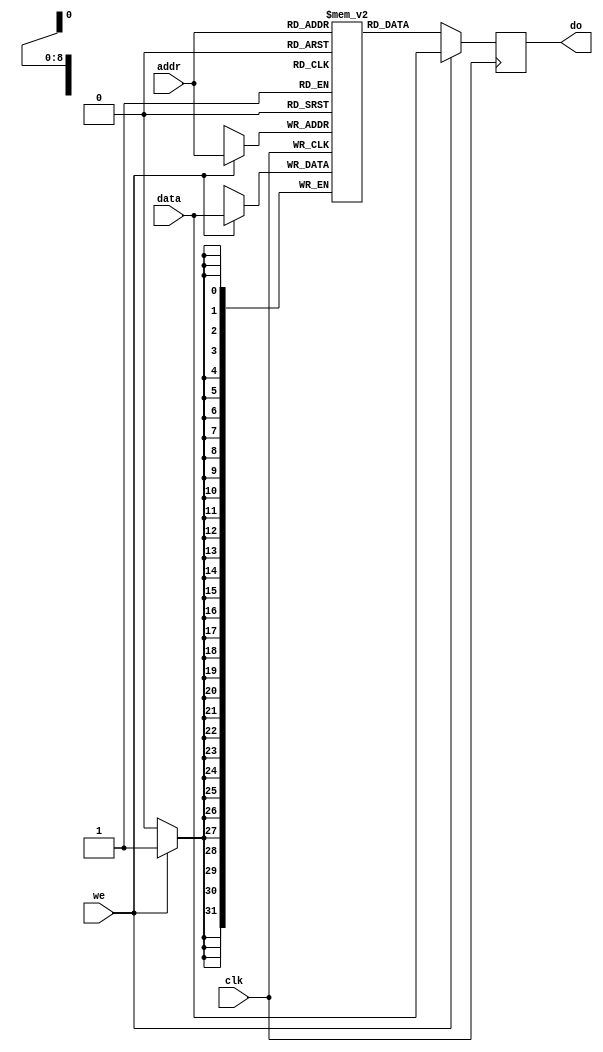
`timescale 1ps/1ps
`define MANUAL

module ram #(parameter width=32,
             parameter depth=512,
				 parameter dlog = $clog2(depth))
				(input wire we,clk,
				 input wire [width-1:0] data,
				 input wire [dlog-1:0] addr,
				 output reg [width-1:0] do);

				 
reg [width-1:0] mem [depth-1:0];
integer f=0,i=0;

always @ (posedge clk) begin
	
	if(we) begin
		do <= data;
		mem[addr] <= data;
	end else
		do <= mem[addr];
end

`ifndef MANUAL
initial
begin
    $readmemb("input.txt", mem);

    #10000;

    f = $fopen("output.txt","w");

      for (i = 511; i>=0; i=i-1) begin
        $fwrite(f,"%b\n",mem[i]);
     end

     $fclose(f);
end
`endif
`ifdef MANUAL
initial
begin
	mem[0] = {8'd3,8'd3,8'd3,8'd3};
	mem[1] = 32'h00000000;
	
	mem[2] = 32'h3f99999a;
	mem[3] = 32'h3fa66666;
	mem[4] = 32'h3fb33333;
	mem[5] = 32'h3fc00000;
	
	mem[6] = 32'h3fcccccd;
	mem[7] = 32'h3fd9999a;
	mem[8] = 32'h3fe66666;
	mem[9] = 32'h3ff33333;
	
	mem[10] = 32'h40000000;
	mem[11] = 32'h40066666;
	mem[12] = 32'h400ccccd;
	mem[13] = 32'h40133333;
	
	mem[14] = 32'h4019999a;
	mem[15] = 32'h40200000;
	mem[16] = 32'h40266666;
	mem[17] = 32'h402ccccd;
	
	//
	
	mem[18] = 32'h40333333;
	mem[19] = 32'h4039999a;
	mem[20] = 32'h40400000;
	mem[21] = 32'h40466666;
	
	mem[22] = 32'h404ccccd;
	mem[23] = 32'h40533333;
	mem[24] = 32'h4059999a;
	mem[25] = 32'h40600000;
end
`endif

endmodule